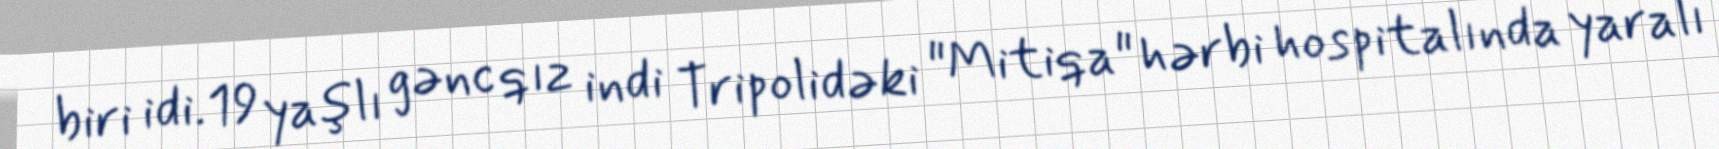
biri idi.19 yaşlı gənc qız indi Tripolidəki "Mitiqa" hərbi hospitalında yaralı